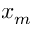
x _ { m }